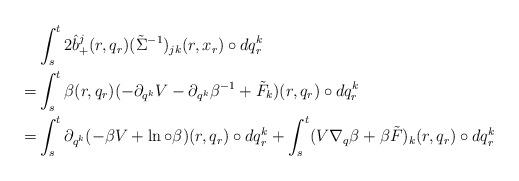
LaTeX: \begin{align*}&\int_{s}^t 2\hat b_+^j(r,q_r) (\tilde \Sigma^{-1})_{jk}(r,x_r)\circ dq^k_r\\=&\int_{s}^t\beta(r,q_r) (-\partial_{q^k}V-\partial_{q^k}\beta^{-1}+\tilde F_k)(r,q_r)\circ dq^k_r\\=&\int_{s}^t \partial_{q^k}(-\beta V+\ln\circ\beta)(r,q_r)\circ dq^k_r+\int_{s}^t (V\nabla_q\beta+\beta\tilde F)_k(r,q_r)\circ dq^k_r\end{align*}